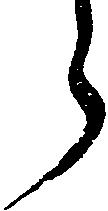
う